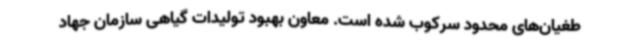
طغیان‌های محدود سرکوب شده است. معاون بهبود تولیدات گیاهی سازمان جهاد